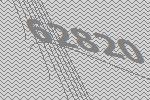
62820